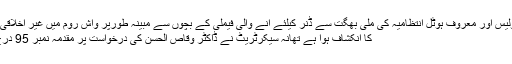
وفاقی پولیس اور معروف ہوٹل انتظامیہ کی ملی بھگت سے ڈنر کیلئے آنے والی فیملی کے بچوں سے مبینہ طورپر واش روم میں غیر اخلاقی حرکات
کا انکشاف ہوا ہے تھانہ سیکرٹریٹ نے ڈاکٹر وقاص الحسن کی درخواست پر مقدمہ نمبر 95 درج کرلیا ۔